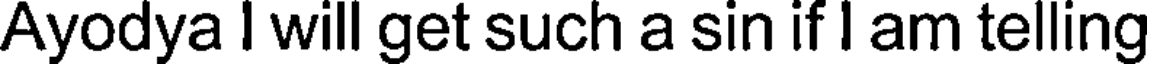
Ayodya I will get such a sin if I am telling